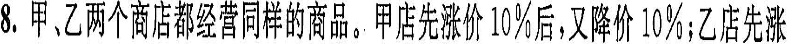
8.甲乙两个商店都经营同样的商商品。甲店先涨价10%后，又降价10%；乙店先涨